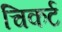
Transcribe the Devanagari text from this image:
चिकर्ट